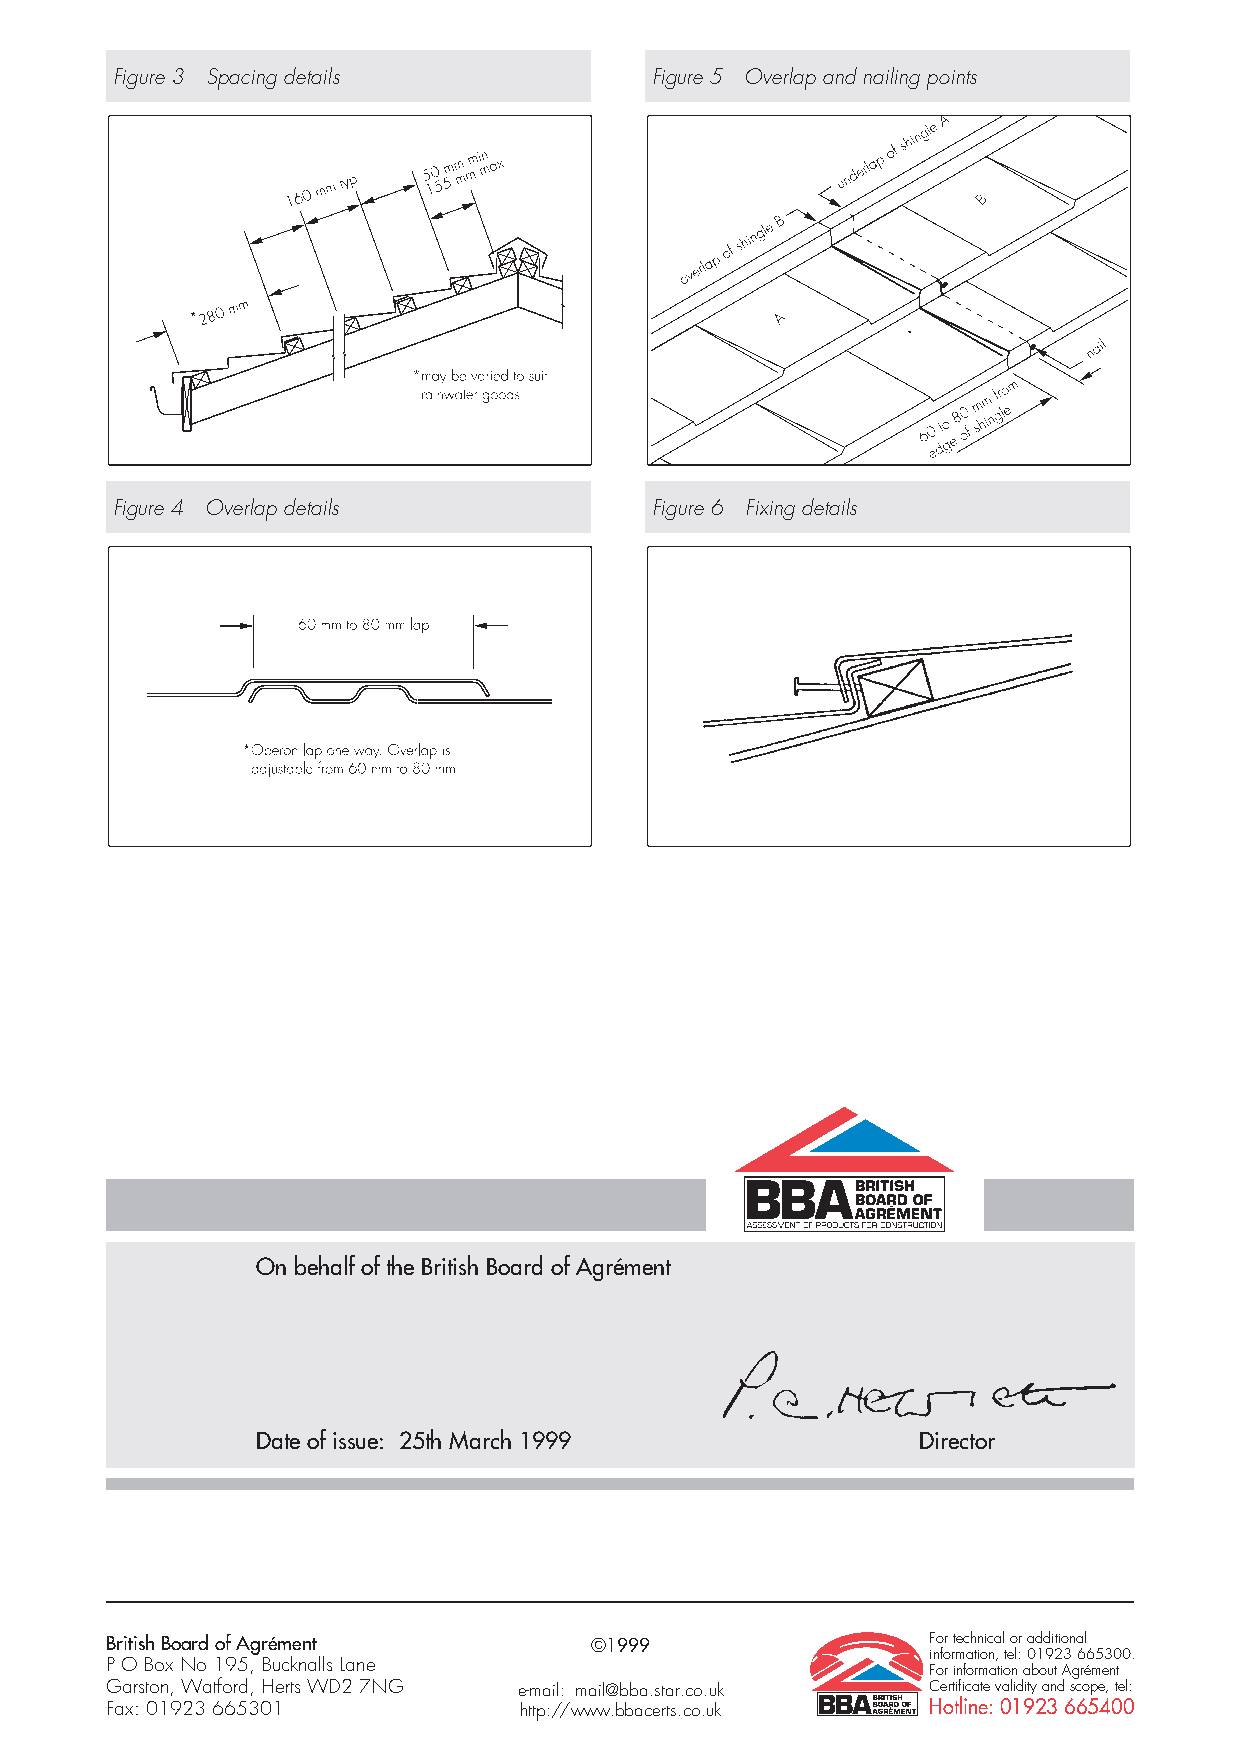
Figure 3 Spacing details            Figure 5 Overlap and nailing points
 Figure 4 Overlap details            Figure 6 Fixing details
 On behalf of the British Board of Agrément
 Date of issue: 25th March 1999              Director
 British Board of Agrément       ©1999                  For technical or additional
 information, tel: 01923 665300.
 P O Box No 195, Bucknalls Lane
 For information about Agrément
 Garston, Watford, Herts WD2 7NG e-mail: mail@bba.star.co.uk Certificate validity and scope, tel:
 Fax: 01923 665301          http://www.bbacerts.co.uk   Hotline: 01923 665400